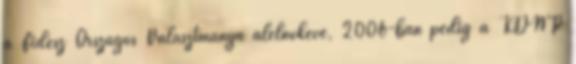
a Fidesz Országos Választmánya alelnökévé, 2006-ban pedig a KDNP